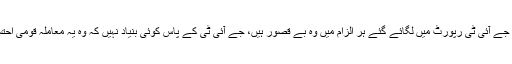
اپنے جواب میں ملزمان نے موقف اختیار کیا کہ جے آئی ٹی رپورٹ میں لگائے گئے ہر الزام میں وہ بے قصور ہیں، جے آئی ٹی کے پاس کوئی بنیاد نہیں کہ وہ یہ معاملہ قومی احتساب بیورو (نیب) کو بھیجنے کی سفارش کرتی۔